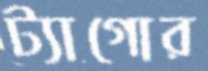
ট্যাগোর